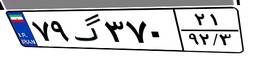
۷۹گ۳۷۰۲۱